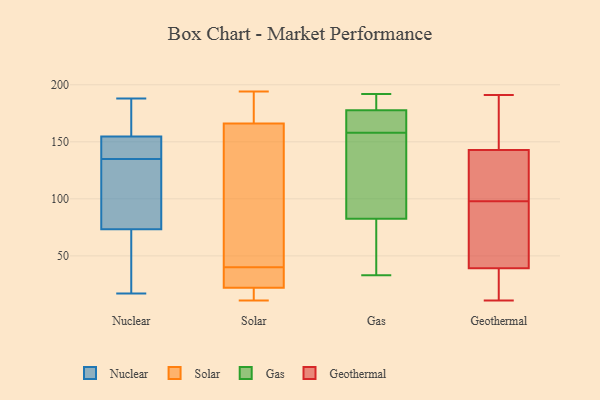
{"axis": {"x": "Operating Costs (USD K)", "y": "Value"}, "legend": ["Gas", "Geothermal", "Nuclear", "Solar"], "data": [{"x": "", "y": 169, "type": "Nuclear"}, {"x": "", "y": 54, "type": "Nuclear"}, {"x": "", "y": 69, "type": "Nuclear"}, {"x": "", "y": 119, "type": "Nuclear"}, {"x": "", "y": 137, "type": "Nuclear"}, {"x": "", "y": 56, "type": "Nuclear"}, {"x": "", "y": 137, "type": "Nuclear"}, {"x": "", "y": 142, "type": "Nuclear"}, {"x": "", "y": 48, "type": "Nuclear"}, {"x": "", "y": 86, "type": "Nuclear"}, {"x": "", "y": 159, "type": "Nuclear"}, {"x": "", "y": 135, "type": "Nuclear"}, {"x": "", "y": 174, "type": "Nuclear"}, {"x": "", "y": 129, "type": "Nuclear"}, {"x": "", "y": 164, "type": "Nuclear"}, {"x": "", "y": 141, "type": "Nuclear"}, {"x": "", "y": 17, "type": "Nuclear"}, {"x": "", "y": 135, "type": "Nuclear"}, {"x": "", "y": 188, "type": "Nuclear"}, {"x": "", "y": 22, "type": "Solar"}, {"x": "", "y": 166, "type": "Solar"}, {"x": "", "y": 194, "type": "Solar"}, {"x": "", "y": 47, "type": "Solar"}, {"x": "", "y": 170, "type": "Solar"}, {"x": "", "y": 30, "type": "Solar"}, {"x": "", "y": 33, "type": "Solar"}, {"x": "", "y": 127, "type": "Solar"}, {"x": "", "y": 11, "type": "Solar"}, {"x": "", "y": 18, "type": "Solar"}, {"x": "", "y": 70, "type": "Gas"}, {"x": "", "y": 150, "type": "Gas"}, {"x": "", "y": 168, "type": "Gas"}, {"x": "", "y": 158, "type": "Gas"}, {"x": "", "y": 150, "type": "Gas"}, {"x": "", "y": 167, "type": "Gas"}, {"x": "", "y": 188, "type": "Gas"}, {"x": "", "y": 77, "type": "Gas"}, {"x": "", "y": 108, "type": "Gas"}, {"x": "", "y": 188, "type": "Gas"}, {"x": "", "y": 191, "type": "Gas"}, {"x": "", "y": 37, "type": "Gas"}, {"x": "", "y": 72, "type": "Gas"}, {"x": "", "y": 192, "type": "Gas"}, {"x": "", "y": 165, "type": "Gas"}, {"x": "", "y": 33, "type": "Gas"}, {"x": "", "y": 99, "type": "Gas"}, {"x": "", "y": 181, "type": "Gas"}, {"x": "", "y": 159, "type": "Gas"}, {"x": "", "y": 55, "type": "Geothermal"}, {"x": "", "y": 128, "type": "Geothermal"}, {"x": "", "y": 191, "type": "Geothermal"}, {"x": "", "y": 42, "type": "Geothermal"}, {"x": "", "y": 11, "type": "Geothermal"}, {"x": "", "y": 98, "type": "Geothermal"}, {"x": "", "y": 15, "type": "Geothermal"}, {"x": "", "y": 191, "type": "Geothermal"}, {"x": "", "y": 92, "type": "Geothermal"}, {"x": "", "y": 31, "type": "Geothermal"}, {"x": "", "y": 101, "type": "Geothermal"}, {"x": "", "y": 157, "type": "Geothermal"}, {"x": "", "y": 138, "type": "Geothermal"}]}